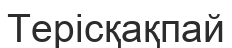
Терісқақпай